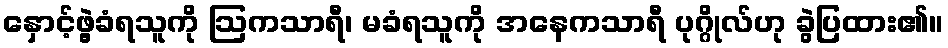
နှောင့်ဖွဲ့ခံရသူကို ဩကသာရီ၊ မခံရသူကို အနေကသာရီ ပုဂ္ဂိုလ်ဟု ခွဲပြထား၏။